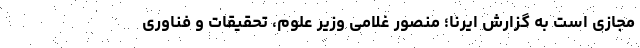
مجازی است به گزارش ایرنا؛ منصور غلامی وزیر علوم، تحقیقات و فناوری